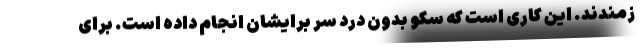
زمندند. این کاری است که سکو بدون درد سر برایشان انجام داده است. برای